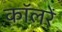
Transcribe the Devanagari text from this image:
कॉलरें